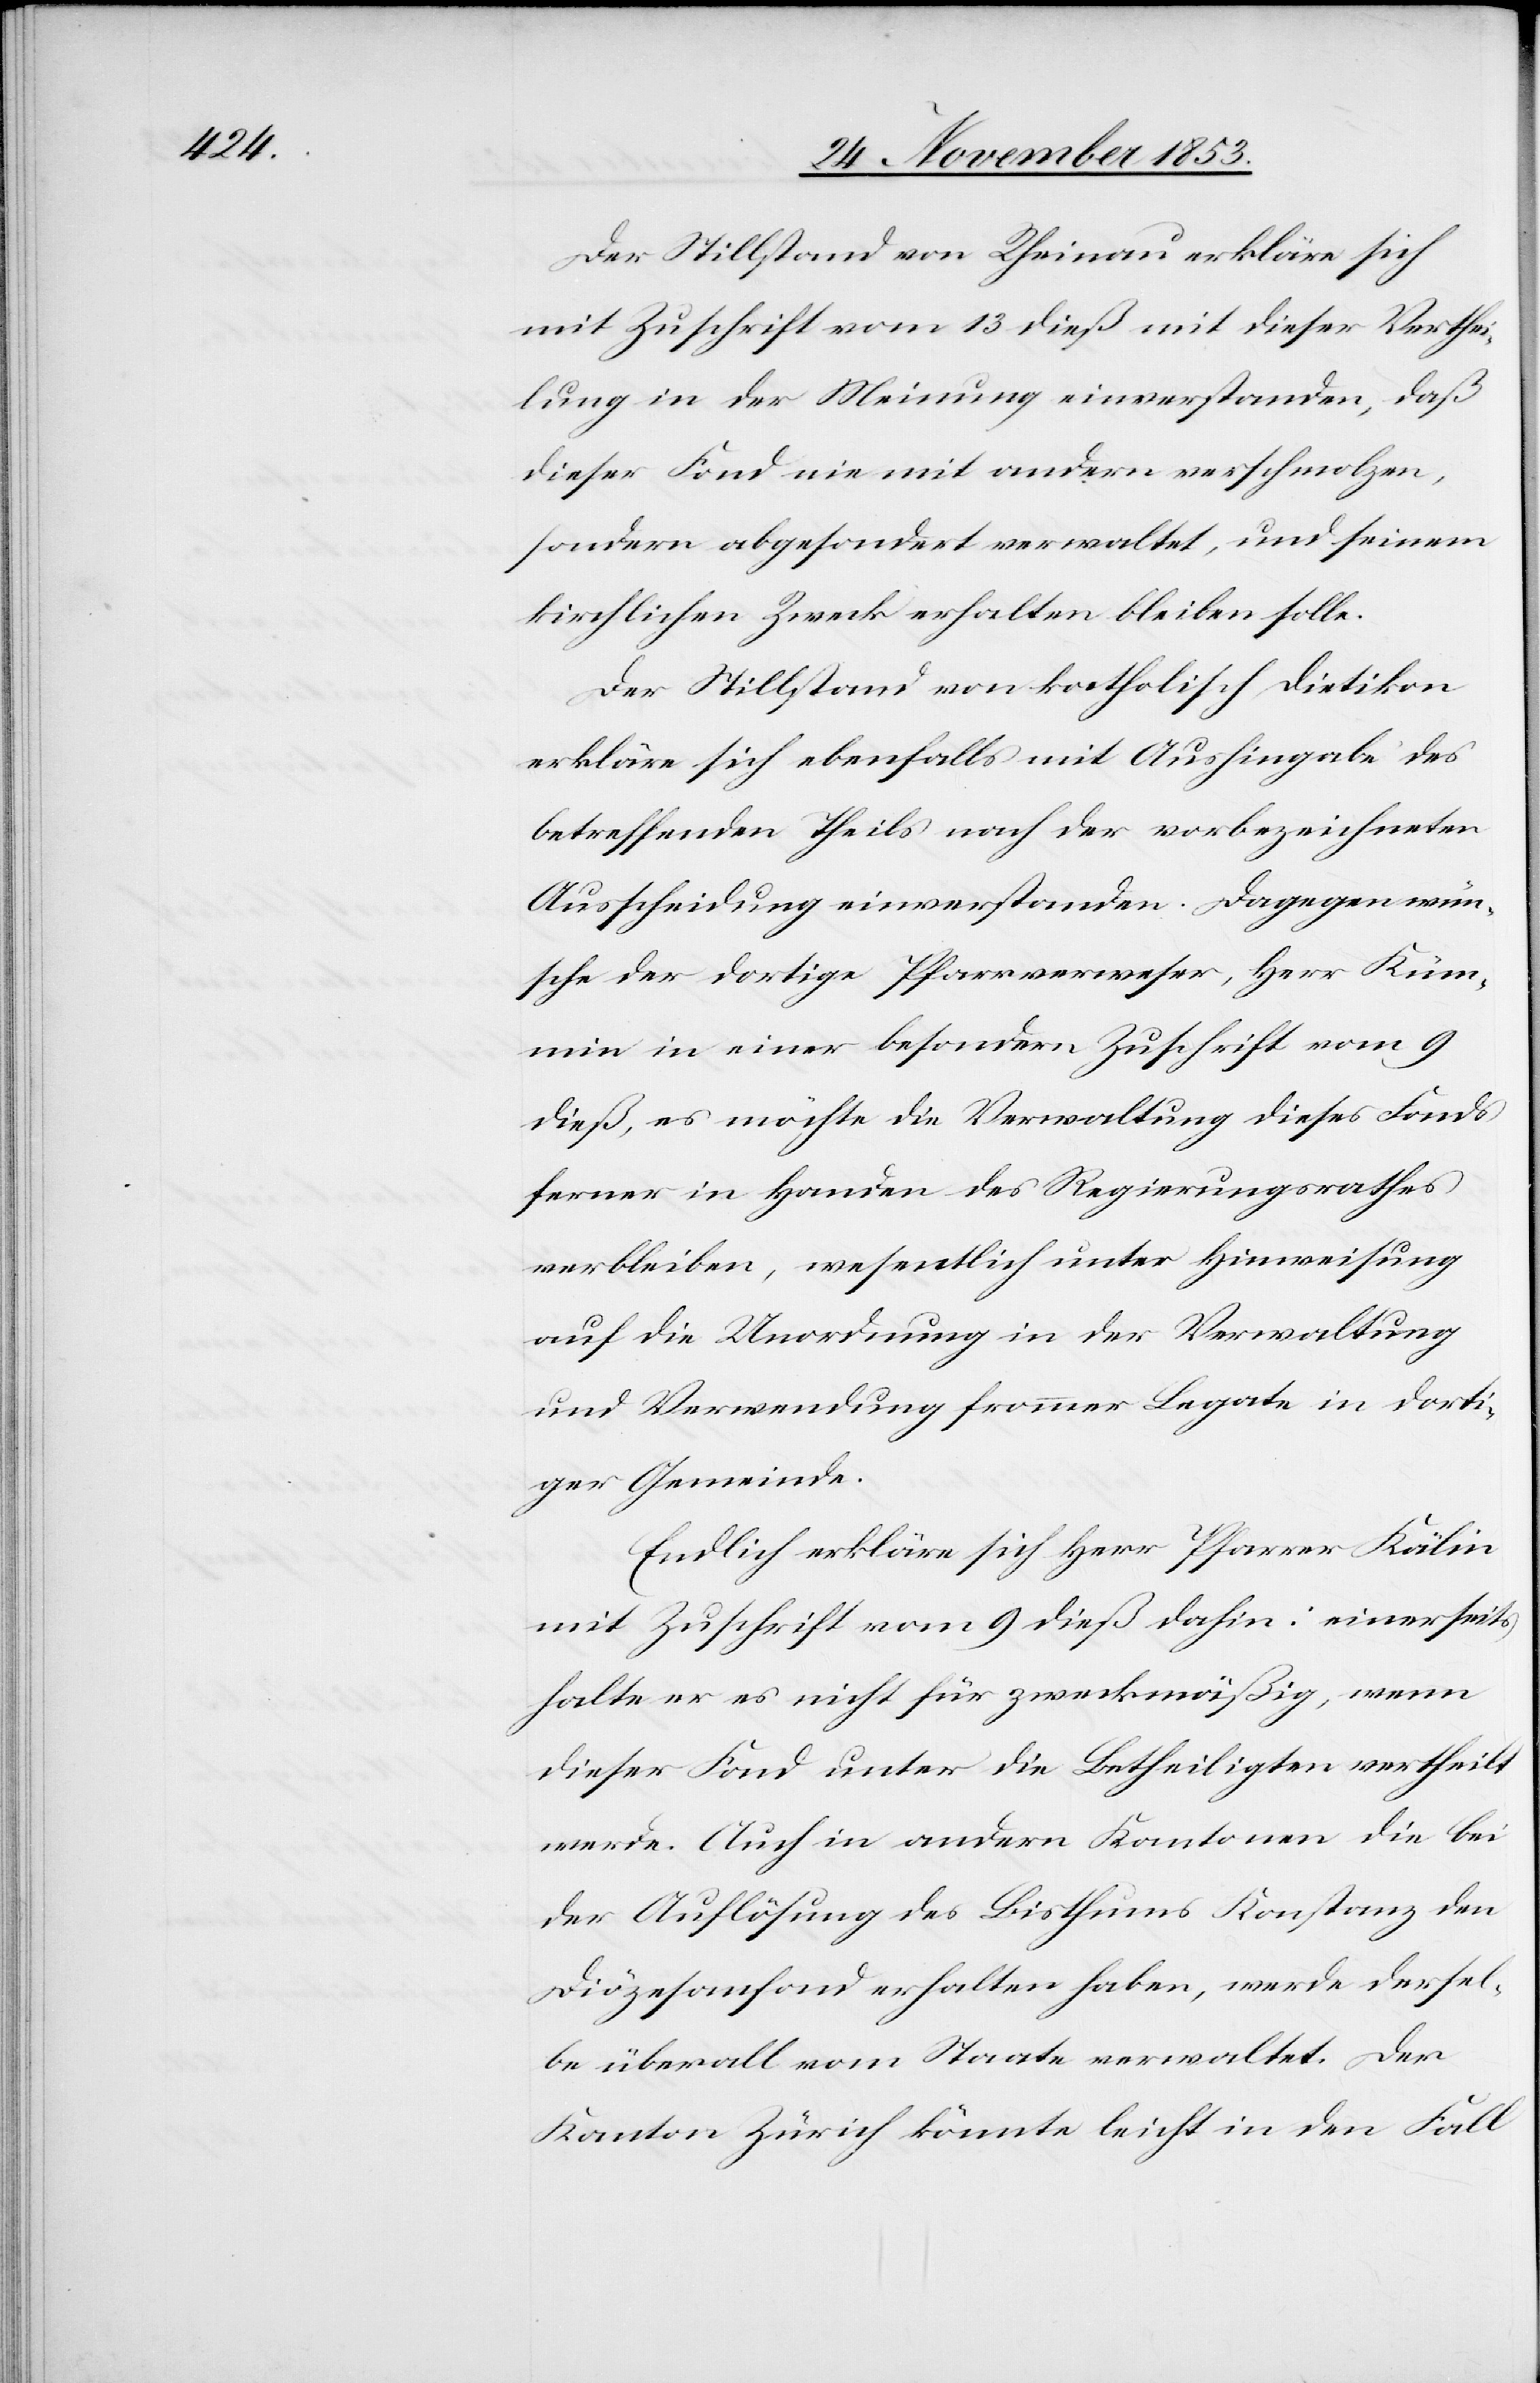
Der Stillstand von Rheinau erkläre sich
mit Zuschrift vom 13 dieß mit dieser Verthei¬
lung in der Meinung einverstanden, daß
dieser Fond nie mit andern verschmolzen,
sondern abgesondert verwaltet, und seinem
kirchlichen Zweck erhalten bleiben solle.
Der Stillstand von katholisch Dietikon
erkläre sich ebenfalls mit Aushingabe des
betreffenden Theils von der vorbezeichneten
Ausscheidung einverstanden. Dagegen wün¬
sche der dortige Pfarrverweser, Herr Küm¬
min in einer besondern Zuschrift vom 9
dieß, es möchte die Verwaltung dieses Fonds
ferner in Handen des Regierungsrathes
verbleiben, wesentlich unter Hinweisung
auf die Unordnung in der Verwaltung
und Verwendung frommer Legate in dorti¬
ger Gemeinde.
Endlich erkläre sich Herr Pfarrer Kälin
mit Zuschrift vom 9 dieß dahin: einerseits
halte er es nicht für zweckmäßig, wenn
dieser Fond unter die Benachtheiligten vertheilt
werde. Auch in andern Kantonen die bei
der Auflösung des Bisthums Konstanz den
Diozesänfond erhalten haben, werde dersel¬
be überall vom Staate verwaltet. Der
Kanton Zürich könnte leicht in den Fall